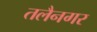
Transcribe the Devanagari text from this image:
तलैनगर